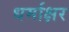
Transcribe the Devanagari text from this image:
धर्माक्षर